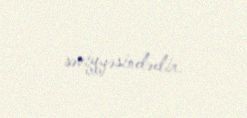
səviyyəsindədir.